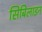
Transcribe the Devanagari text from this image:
सिबिलाइन